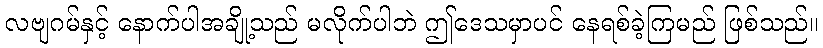
လဗျဂမ်နှင့် နောက်ပါအချို့သည် မလိုက်ပါဘဲ ဤဒေသမှာပင် နေရစ်ခဲ့ကြမည် ဖြစ်သည်။